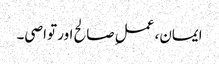
ایمان، عملِ صالح اور تواصی۔